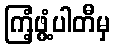
ကြံ့ဖွံ့ပါတီမှ